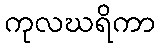
ကုလဃရိကာ